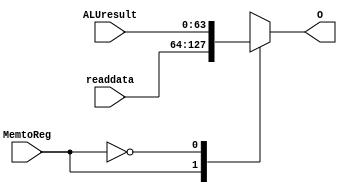
module MUX_MemtoReg(readdata,ALUresult,MemtoReg,O);
	input [63:0] readdata;
	input [63:0] ALUresult;
	input MemtoReg;
	output [63:0] O;
	
	reg [63:0] tmp;
	
	
	always @(*)
   begin
		case(MemtoReg)
			1'b1:
				tmp = readdata;
			1'b0:
				tmp = ALUresult;
		endcase
	end
	
	assign O = tmp;

endmodule